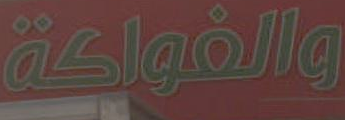
والفواكة